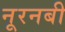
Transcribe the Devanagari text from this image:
नूरनबी